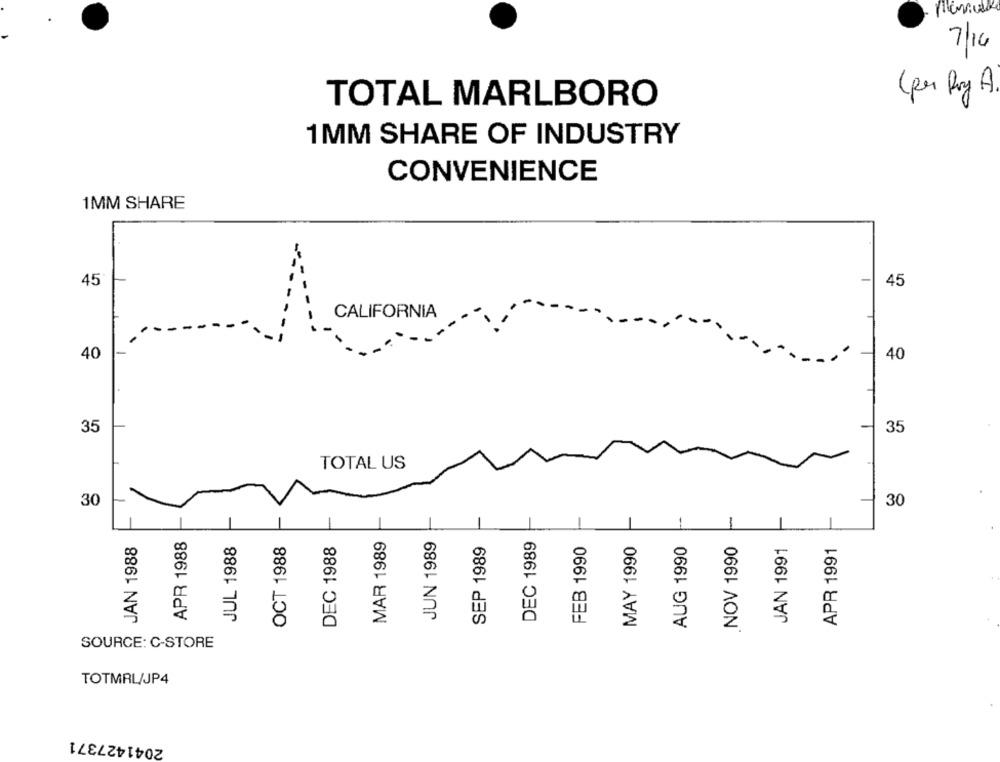
7/14
(per Pay A)
TOTAL MARLBORO
1MM SHARE OF INDUSTRY
CONVENIENCE
1MM SHARE
45
45
CALIFORNIA
40
40
35
35
TOTAL US
30
30
JUN 1989
DEC 1989
JAN 1988
APR 1988
JUL 1988
OCT 1988
DEC 1988
MAR 1989
SEP 1989
FEB 1990
MAY 1990
AUG 1990
.NOV 1990
JAN 1991
APR 1991
SOURCE: C-STORE
TOTMRL/JP4
2041427371